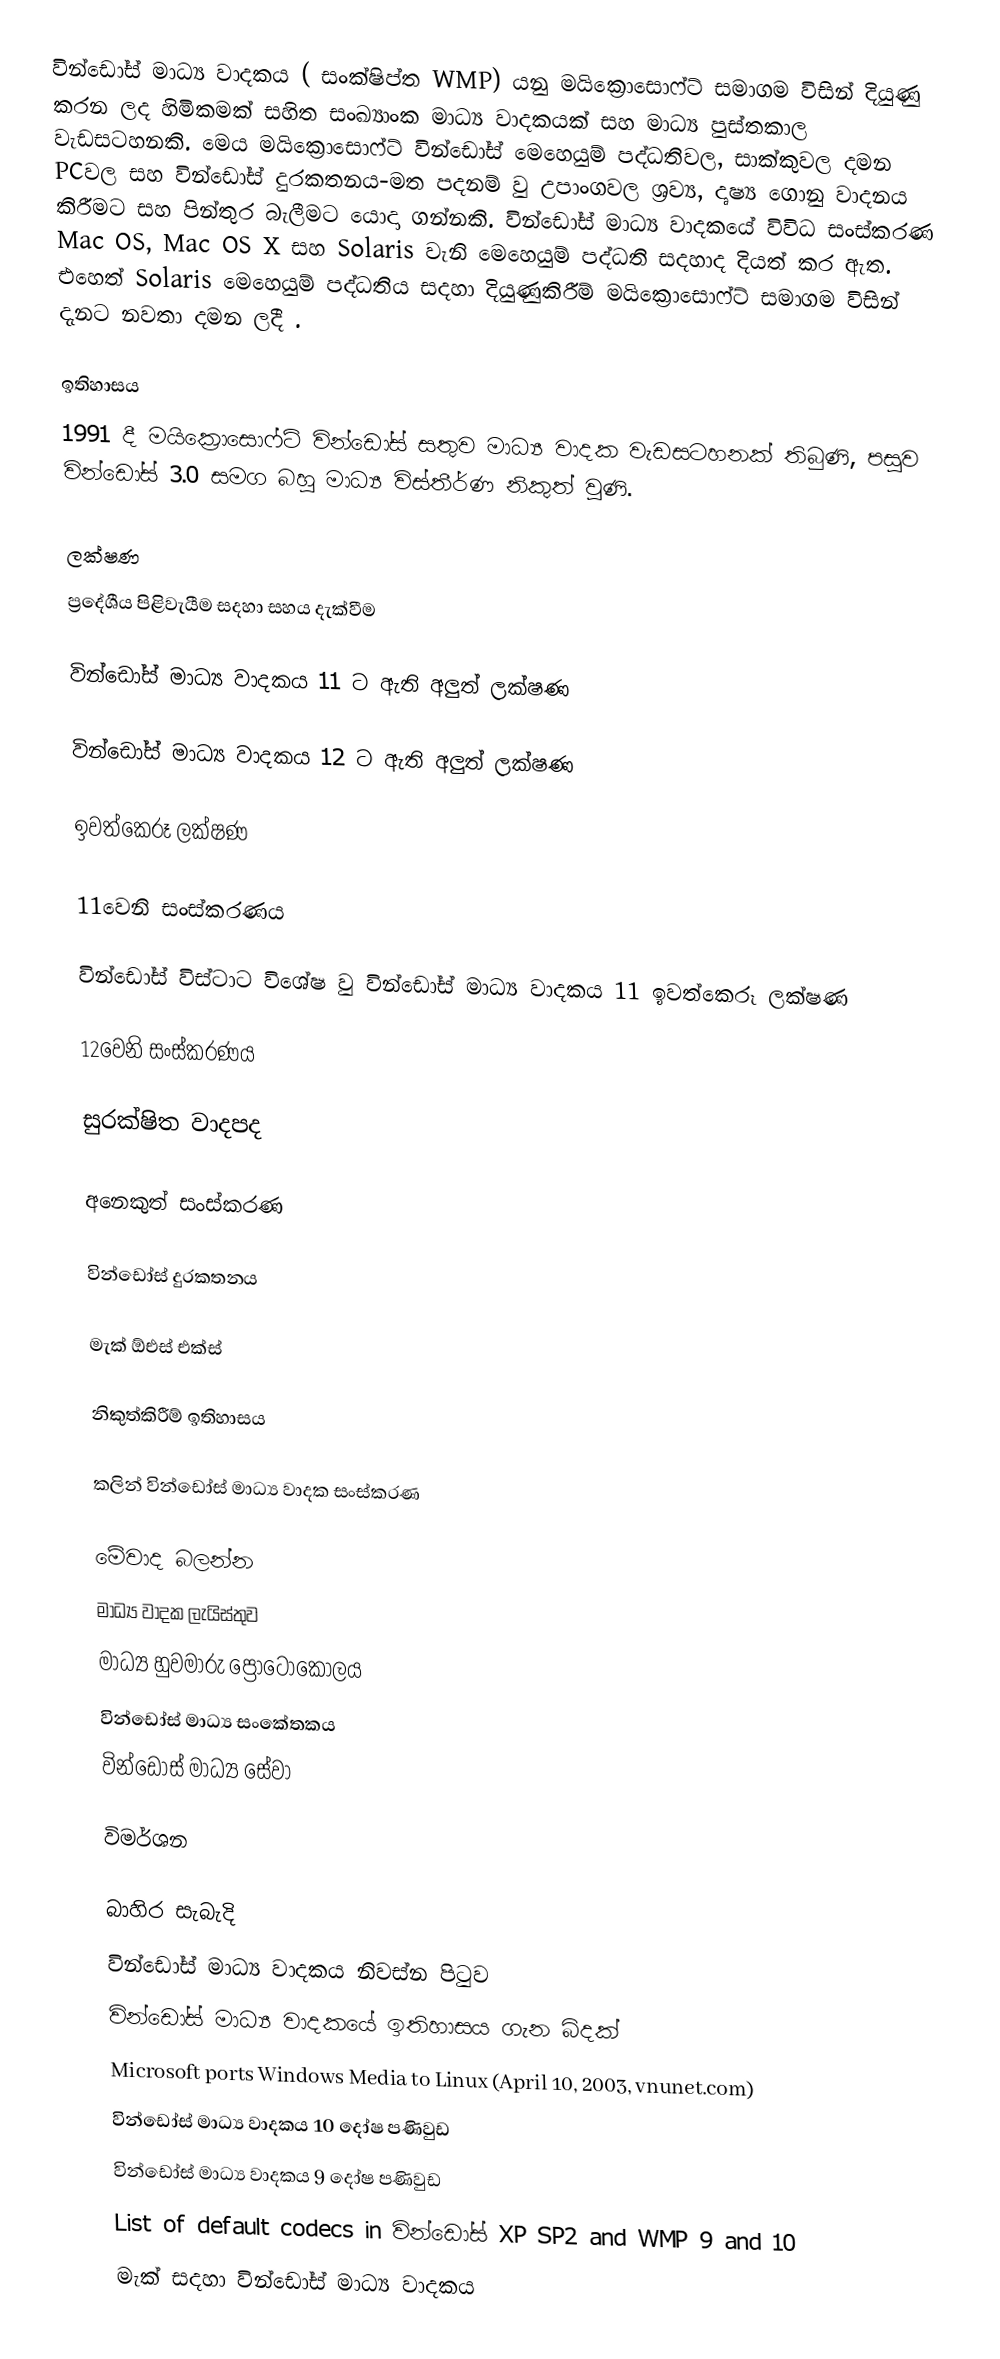
වින්ඩෝස් මාධ්‍ය වාදකය (	සංක්ෂිප්ත WMP) යනු මයික්‍රොසොෆ්ට් සමාගම විසින් දියුණු කරන ලද හිමිකමක් සහිත සංඛ්‍යාංක මාධ්‍ය වාදකයක් සහ මාධ්‍ය පුස්තකාල  වැඩසටහනකි.  මෙය මයික්‍රොසොෆ්ට් වින්ඩෝස් මෙහෙයුම් පද්ධතිවල,  සාක්කුවල දමන  PCවල සහ වින්ඩෝස් දුරකතනය-මත පදනම් වු උපාංගවල ශ්‍රව්‍ය, දෘෂ්‍ය ගොනු වාදනය කිරීමට සහ පින්තුර බැලීමට යොදා ගන්නකි.  වින්ඩෝස් මාධ්‍ය වාදකයේ විවිධ සංස්කරණ Mac OS, Mac OS X සහ Solaris වැනි මෙහෙයුම් පද්ධති සදහාද දියත් කර ඇත. එහෙත් Solaris මෙහෙයුම් පද්ධතිය සදහා දියුණුකිරීම් මයික්‍රොසොෆ්ට් සමාගම විසින් දැනට නවතා දමන ලදී .

ඉතිහාසය
1991 දී මයික්‍රොසොෆ්ට් වින්ඩෝස් සතුව මාධ්‍ය වාදක වැඩසටහනක් තිබුණි, පසුව වින්ඩෝස් 3.0 සමග බහු මාධ්‍ය විස්තීර්ණ නිකුත් වුණි.

ලක්ෂණ
ප්‍රදේශීය පිළිවැයීම සදහා සහය දැක්වීම

වින්ඩෝස් මාධ්‍ය වාදකය 11 ට ඇති අලුත් ලක්ෂණ

වින්ඩෝස් මාධ්‍ය වාදකය 12 ට ඇති අලුත් ලක්ෂණ

ඉවත්කෙරූ ලක්ෂණ

11වෙනි සංස්කරණය

වින්ඩෝස් විස්ටාට විශේෂ වු වින්ඩෝස් මාධ්‍ය වාදකය 11 ඉවත්කෙරූ ලක්ෂණ

12වෙනි සංස්කරණය

සුරක්ෂිත වාදපද

අනෙකුත් සංස්කරණ

වින්ඩෝස් දුරකතනය

මැක් ඕඑස් එක්ස්

නිකුත්කිරීම් ඉතිහාසය

කලින් වින්ඩෝස් මාධ්‍ය වාදක සංස්කරණ

මේවාද බලන්න
මාධ්‍ය වාදක ලැයිස්තුව
මාධ්‍ය හුවමාරු ප්‍රෝටෝකෝලය
වින්ඩෝස් මාධ්‍ය සංකේතකය
වින්ඩෝස් මාධ්‍ය සේවා

විමර්ශන

බාහිර සැබැදි
 වින්ඩෝස් මාධ්‍ය වාදකය නිවස්න පිටුව
 වින්ඩෝස් මාධ්‍ය වාදකයේ ඉතිහාසය ගැන බිදක්
 Microsoft ports Windows Media to Linux (April 10, 2003, vnunet.com)
 වින්ඩෝස් මාධ්‍ය වාදකය 10 දෝෂ පණිවුඩ
 වින්ඩෝස් මාධ්‍ය වාදකය 9 දෝෂ පණිවුඩ
 List of default codecs in වින්ඩෝස් XP SP2 and WMP 9 and 10
 මැක් සදහා වින්ඩෝස් මාධ්‍ය වාදකය